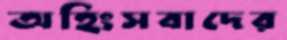
অহিংসবাদের